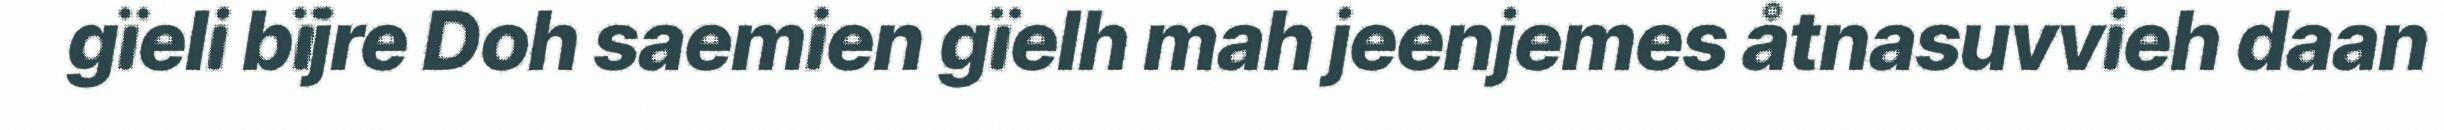
gïeli bïjre Doh saemien gïelh mah jeenjemes åtnasuvvieh daan